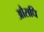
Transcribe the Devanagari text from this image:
औसधि